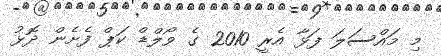
މި މައްސަލަ ފަޅާ އެރީ 2010 ގެ ވޯލްޑް ކަޕް ފެށެން ދޮޅު